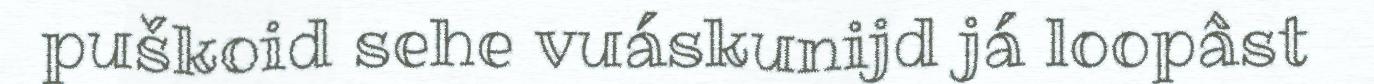
puškoid sehe vuáskunijd já loopâst